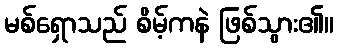
မစ်ရှောသည် စိမ့်ကနဲ ဖြစ်သွား၏။